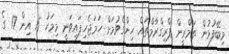
މިބޭފުޅުން ތަމްރީން ޕްރިގްރާމްތައް ހިންގެވުމަށް ހަމަޖެހިފައިވަނީ މިމަހު 15 އިން 17 ގެ